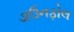
ડાઉનફોલ